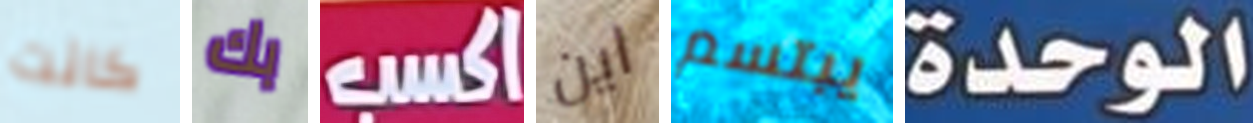
كانت بك اكسب اين يبتسم الوحدة